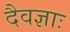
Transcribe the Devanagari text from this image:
दैवज्ञाः